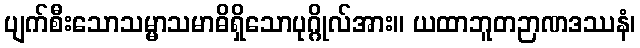
ပျက်စီးသောသမ္မာသမာဓိရှိသောပုဂ္ဂိုလ်အား။ ယထာဘူတဉာဏဒဿနံ၊